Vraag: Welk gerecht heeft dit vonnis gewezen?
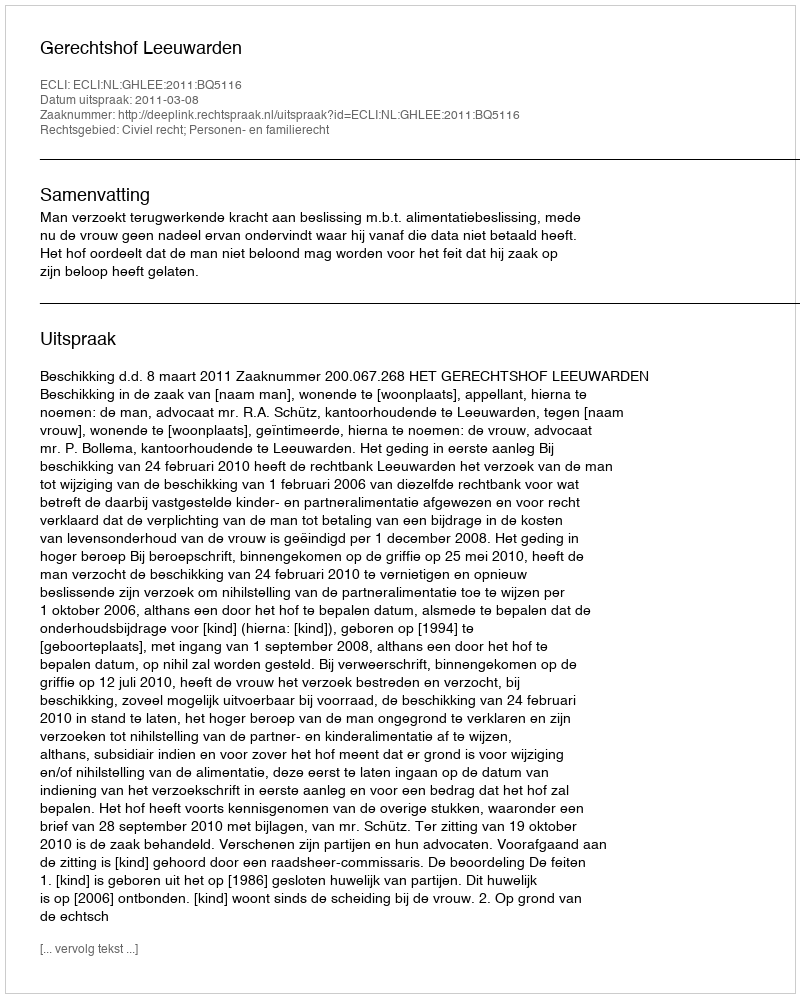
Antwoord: Gerechtshof Leeuwarden